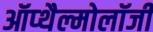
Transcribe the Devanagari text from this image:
ऑप्थैल्मोलॉजी